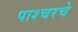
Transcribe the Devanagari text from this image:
पाश्चरचे